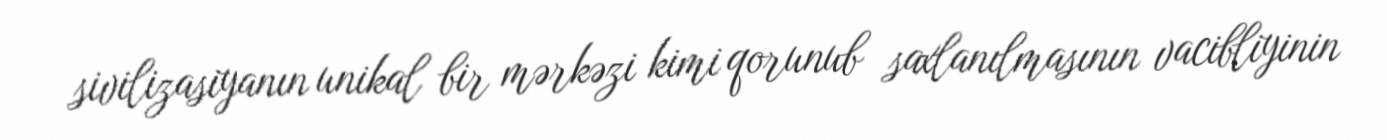
sivilizasiyanın unikal bir mərkəzi kimi qorunub saxlanılmasının vacibliyinin